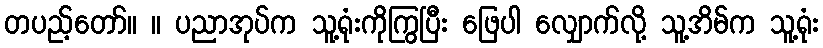
တပည့်တော်။ ။ ပညာအုပ်က သူ့ရုံးကိုကြွပြီး ဖြေပါ လျှောက်လို့ သူ့အိမ်က သူ့ရုံး